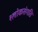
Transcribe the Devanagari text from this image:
श्लोकसंगति